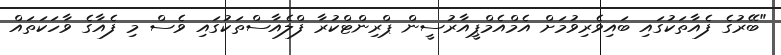
"ބޭރުގެ ފެއާތަކުގައި ބައިވެރިވުމަށް އެމްއެމްޕީއާރުސީން ޕްރިންޓްކުރާ ފްލެއާސްތަކުގައި ވެސް މި ފެއާގެ ވާހަކަތައް